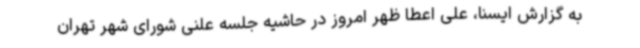
به گزارش ایسنا، علی اعطا ظهر امروز در حاشیه جلسه علنی شورای شهر تهران